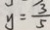
y = \frac { 3 } { 5 }